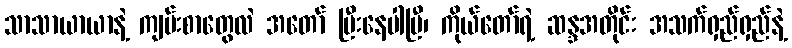
သာသာယာယာနဲ့ ကျမ်းစာတွေလဲ အတော် ပြီးနေပါပြီ၊ ကိုယ်တော်ရဲ့ ဆန္ဒအတိုင်း အသက်ရှည်ရှည်နဲ့